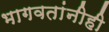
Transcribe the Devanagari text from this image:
भागवतांनीही